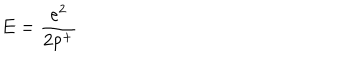
E = \frac { e ^ { 2 } } { 2 p ^ { + } }